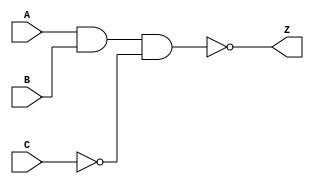
module notech_nao3 (A,B,C,Z);
input A,B,C;
output Z;
assign Z=~(A&B&~C);
endmodule